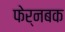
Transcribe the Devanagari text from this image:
फेर्नबक